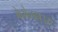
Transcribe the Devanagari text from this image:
केसेलहाउस